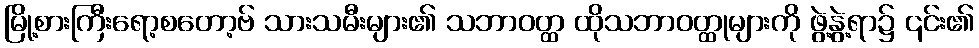
မြို့စားကြီးရော့စတော့ဗ် သားသမီးများ၏ သဘာဝတ္ထ ထိုသဘာဝတ္ထုများကို ဖွဲ့နွဲ့ရာ၌ ၎င်း၏